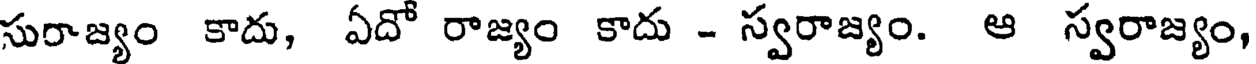
సురాజ్యం కాదు, ఏదో రాజ్యం కాదు - స్వరాజ్యం. ఆ స్వరాజ్యం,